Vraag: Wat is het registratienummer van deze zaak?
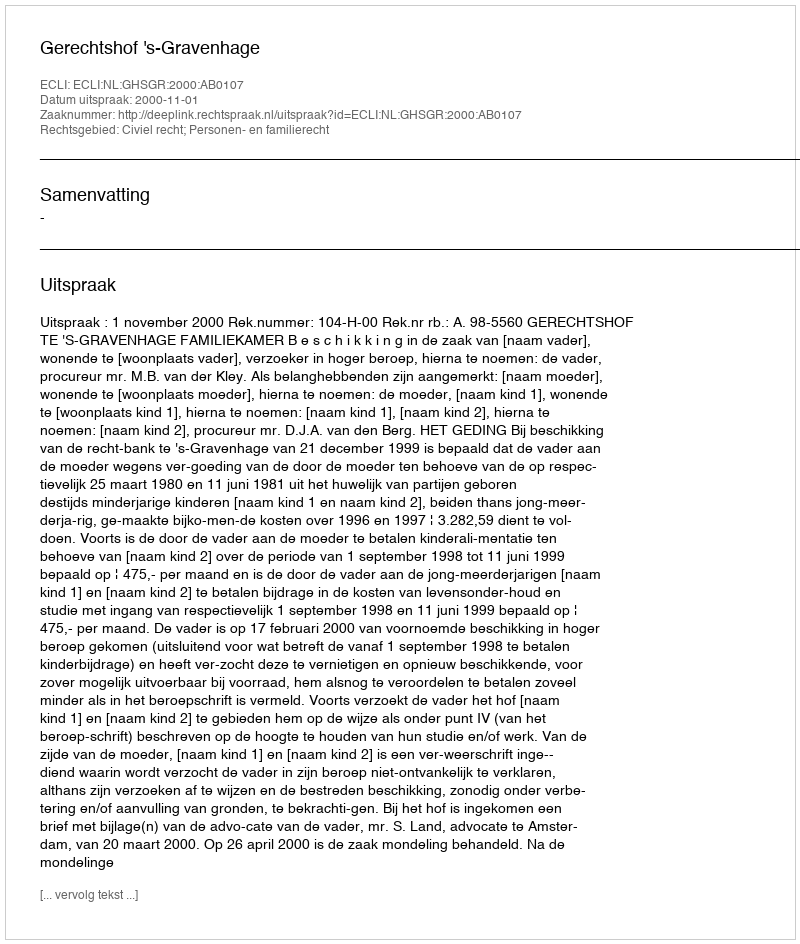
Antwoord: http://deeplink.rechtspraak.nl/uitspraak?id=ECLI:NL:GHSGR:2000:AB0107